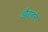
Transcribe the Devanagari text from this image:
औरहरे